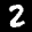
Label: 2